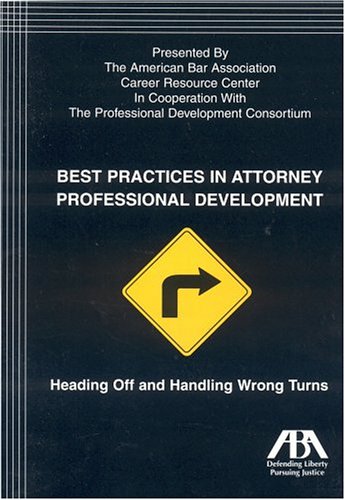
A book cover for Best Practices in Attorney Professional Development: Heading Off and Handling Wrong Turns; ABA Career Resource Center; Law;